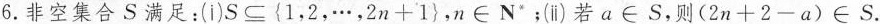
6.非空集合S满足：(ⅰ)$$S\subseteq{1，2，\cdots ，2n+1}$$，$$n \in N”$$﹔(ⅱ)若$$a \in S$$，则$$(2n+2-a) \in S$$。